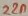
Text: 22n